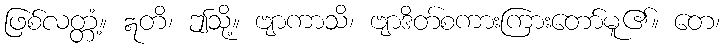
ဖြစ်လတ္တံ့။ ဣတိ၊ ဤသို့။ ဗျာကာသိ၊ ဗျာဒိတ်စကားကြားတော်မူ၏။ တေ၊